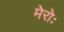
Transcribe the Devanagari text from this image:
मेरोः